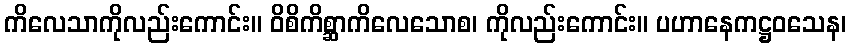
ကိလေသာကိုလည်းကောင်း။ ဝိစိကိစ္ဆာကိလေသောစ၊ ကိုလည်းကောင်း။ ပဟာနေကဋ္ဌဝသေန၊